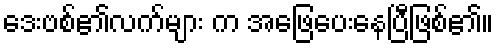
ဒေးဗစ်၏လက်များ က အဖြေပေးနေပြီဖြစ်၏။